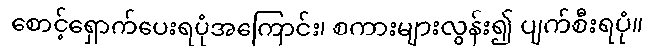
စောင့်ရှောက်ပေးရပုံအကြောင်း၊ စကားများလွန်း၍ ပျက်စီးရပုံ။